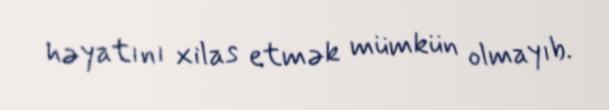
həyatını xilas etmək mümkün olmayıb.